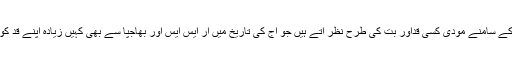
ان سیاسی پارٹیوں کے سامنے مودی کسی قداور بت کی طرح نظر آتے ہیں جو آج کی تاریخ میں آر ایس ایس اور بھاجپا سے بھی کہیں زیادہ اپنے قد کو بلند کرچکے ہیں ۔